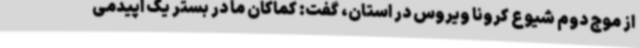
از موج دوم شیوع کرونا ویروس در استان، گفت: کماکان ما در بستر یک اپیدمی